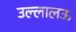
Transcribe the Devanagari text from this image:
उल्लालऊ